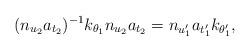
LaTeX: \begin{align*} (n_{u_2}a_{t_2})^{-1} k_{\theta_1} n_{u_2}a_{t_2} = n_{u_1'}a_{t_1'}k_{\theta_1'},\end{align*}